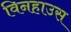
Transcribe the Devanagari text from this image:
विनहाउस